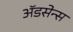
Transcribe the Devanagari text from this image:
ॲडसेन्स